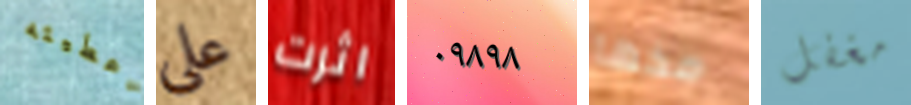
اعطيته على اثرت ٠٩٨٩٨ مخها مغفل